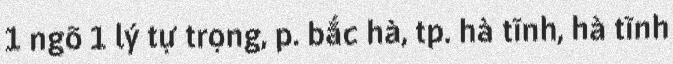
1 ngõ 1 lý tự trọng, p. bắc hà, tp. hà tĩnh, hà tĩnh